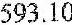
593.10